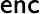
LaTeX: \mathsf{enc}